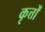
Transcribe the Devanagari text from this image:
कृत्तों